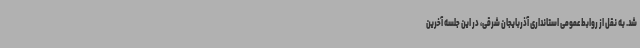
شد. به نقل از روابط عمومی استانداری آذربایجان شرقی، در این جلسه آخرین